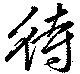
待